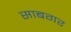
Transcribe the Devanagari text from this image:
साबगर